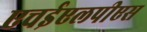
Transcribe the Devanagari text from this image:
एचईएलपीएस